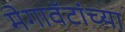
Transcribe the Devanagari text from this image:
मेगावॅटांच्या